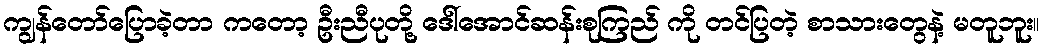
ကျွန်တော်ပြောခဲ့တာ ကတော့ ဦးညီပုတို့ ဒေါ်အောင်ဆန်းစုကြည် ကို တင်ပြတဲ့ စာသားတွေနဲ့ မတူဘူး။